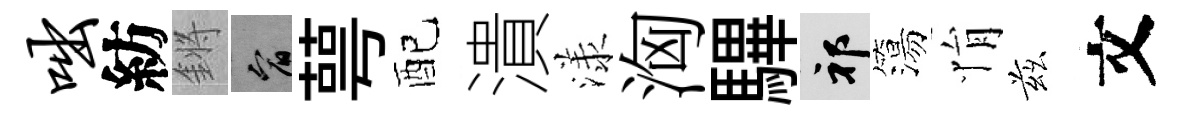
咄紡鏘宥萼配潰漾洶驆祁簜悁兹文